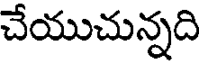
చేయుచున్నది